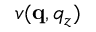
v ( \mathbf q , q _ { z } )